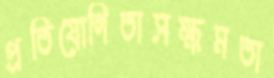
প্রতিযোগিতাসক্ষমতা